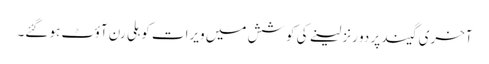
آخری گیند پر دو رنز لینے کی کوشش میں ویرات کوہلی رن آؤٹ ہو گئے۔